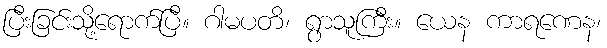
ပြီးခြင်းသို့ရောက်ပြီ။ ဂါမပတိ၊ ရွာသူကြီး။ ယေန ကာရဏေန၊